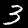
Digit: 3